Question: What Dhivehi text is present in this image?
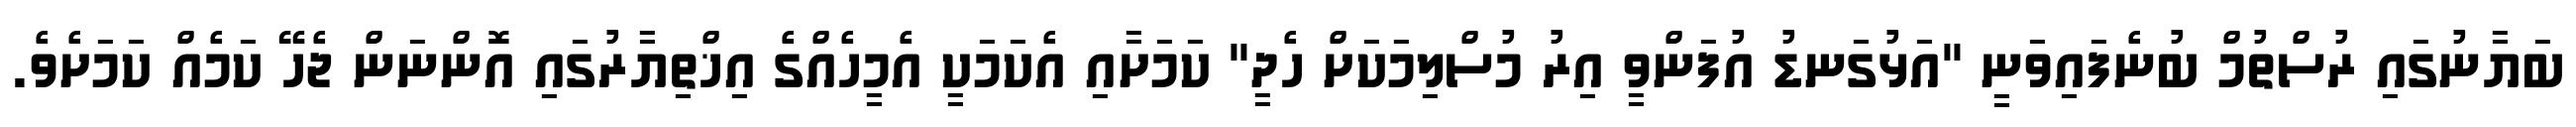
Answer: ބަޔާނުގައި ރުސްތުމް ބުނެފައިވަނީ "އަޅުގަނޑު އުފަންވީ އިރު މުސްލިމަކަށް ހެދީ" ކަމަށާއި އެކަމަކީ އެމީހެއްގެ އިޚްތިޔާރުގައި އޮންނަން ޖެހޭ ކަމެއް ކަމަށެވެ.